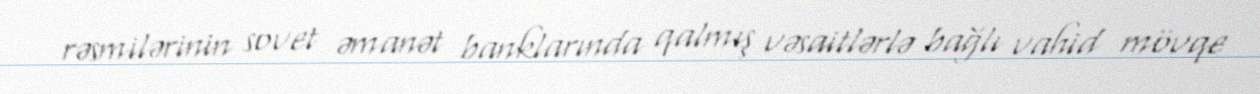
rəsmilərinin sovet əmanət banklarında qalmış vəsaitlərlə bağlı vahid mövqe